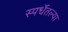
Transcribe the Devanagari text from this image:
स्पर्धेतल्या